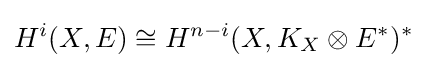
H^{i}(X,E)\cong H^{n-i}(X,K_{X}\otimes E^{\ast })^{\ast }